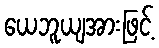
ယေဘူယျအားဖြင့်